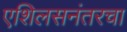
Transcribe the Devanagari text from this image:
एशिलसनंतरचा